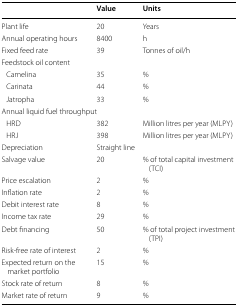
<table><thead><tr><td></td><td><b>Value</b></td><td><b>Units</b></td></tr></thead><tbody><tr><td>Plant life</td><td>20</td><td>Years</td></tr><tr><td>Annual operating hours</td><td>8400</td><td>h</td></tr><tr><td>Fixed feed rate</td><td>39</td><td>Tonnes of oil/h</td></tr><tr><td colspan="3">Feedstock oil content</td></tr><tr><td> Camelina</td><td>35</td><td>%</td></tr><tr><td> Carinata</td><td>44</td><td>%</td></tr><tr><td> Jatropha</td><td>33</td><td>%</td></tr><tr><td colspan="3">Annual liquid fuel throughput</td></tr><tr><td> HRD</td><td>382</td><td>Million litres per year (MLPY)</td></tr><tr><td> HRJ</td><td>398</td><td>Million litres per year (MLPY)</td></tr><tr><td>Depreciation</td><td>Straight line</td><td></td></tr><tr><td>Salvage value</td><td>20</td><td>% of total capital investment (TCI)</td></tr><tr><td>Price escalation</td><td>2</td><td>%</td></tr><tr><td>Inflation rate</td><td>2</td><td>%</td></tr><tr><td>Debit interest rate</td><td>8</td><td>%</td></tr><tr><td>Income tax rate</td><td>29</td><td>%</td></tr><tr><td>Debt financing</td><td>50</td><td>% of total project investment (TPI)</td></tr><tr><td>Risk-free rate of interest</td><td>2</td><td>%</td></tr><tr><td>Expected return on the market portfolio</td><td>15</td><td>%</td></tr><tr><td>Stock rate of return</td><td>8</td><td>%</td></tr><tr><td>Market rate of return</td><td>9</td><td>%</td></tr></tbody></table>